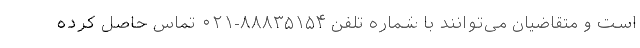
است و متقاضیان می‌توانند با شماره تلفن ۸۸۸۳۵۱۵۴-۰۲۱ تماس حاصل کرده